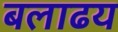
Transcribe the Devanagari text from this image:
बलाढय